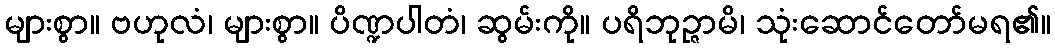
များစွာ။ ဗဟုလံ၊ များစွာ။ ပိဏ္ဍပါတံ၊ ဆွမ်းကို။ ပရိဘုဉ္ဇာမိ၊ သုံးဆောင်တော်မရ၏။